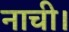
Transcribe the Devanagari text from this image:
नाची।